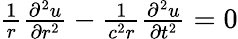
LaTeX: \begin{array}{r}{\frac{1}{r}\frac{\partial^{2}u}{\partial r^{2}}-\frac{1}{c^{2}r}\frac{\partial^{2}u}{\partial t^{2}}=0}\end{array}